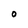
Character: O